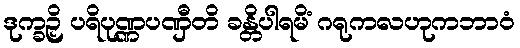
ဒုက္ခဉှိ ပရိပုဏ္ဏပဏှီတိ ခန္တိပါရမိံ ဂရုကလဟုကဘာဝံ